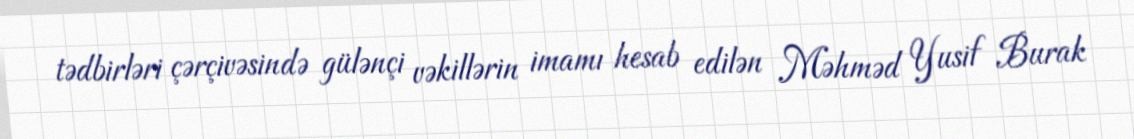
tədbirləri çərçivəsində gülənçi vəkillərin imamı hesab edilən Məhməd Yusif Burak